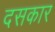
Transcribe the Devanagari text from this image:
दसकार